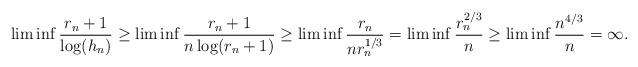
LaTeX: \begin{align*}\liminf \frac{r_{n}+1}{\log(h_{n})}\geq \liminf \frac{r_{n}+1}{n\log(r_{n}+1)} \geq \liminf \frac{r_{n}}{nr_{n}^{1/3}} = \liminf \frac{r_{n}^{2/3}}{n} \geq \liminf \frac{n^{4/3}}{n} = \infty.\end{align*}